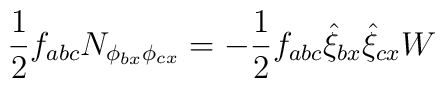
\frac{1}{2}f_{abc}N_{\phi_{bx}\phi_{cx}}=-\frac{1}{2}f_{abc}\hat{\xi}_	{bx}\hat{\xi}_{cx}W